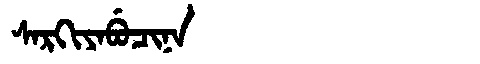
Manchu: ᠰᠠᡵᡴᡳᠶᠠᠪᡠᠴᡳᠨᠠ
Romanization: SARKIYABUCINA